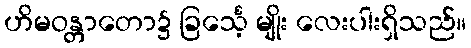
ဟိမဝန္တာတော၌ ခြင်္သေ့ မျိုး လေးပါးရှိသည်။